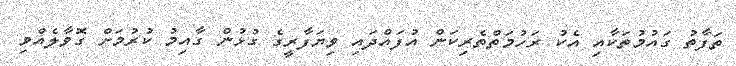
ތަފާތު ގައުމުތަކާއި އެކު ރަހުމަތްތެރިކަން އުފައްދައި ވިޔަފާރީގެ ގުޅުން ގާއިމު ކުރުމަށް ގޮވާލެއްވި